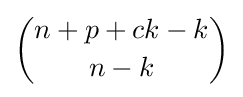
{\binom {n+p+ck-k}{n-k}}